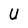
Character: U